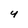
Character: 4